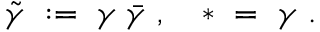
\tilde { \gamma } \ : = \ \gamma \; \bar { \gamma } \ , \quad * \ = \ \gamma \ .